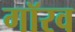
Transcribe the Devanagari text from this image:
गॉरव